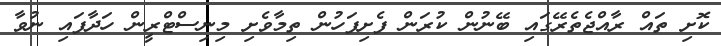
ކޮށި ތައް ރާއްޖެތެރޭގައި ބޭނުން ކުރަން ފެށިފަހުން ތިމާވެށި މިނިސްޓްރީން ހަދާފައި ނުވާ